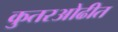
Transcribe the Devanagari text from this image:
कुतरओढीत